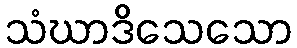
သံဃာဒိသေသော